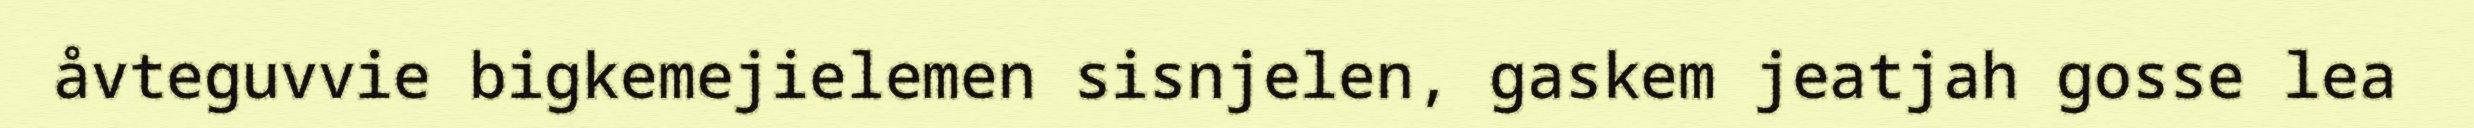
åvteguvvie bigkemejielemen sisnjelen, gaskem jeatjah gosse lea